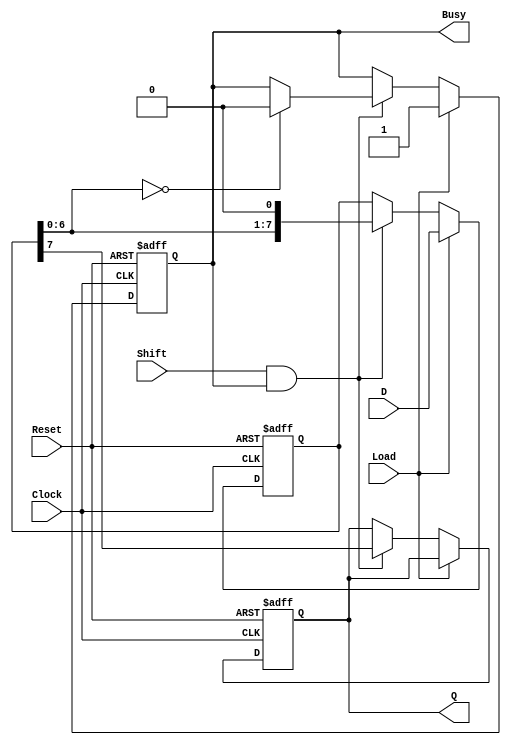
module PISO_Register (
    input wire [7:0] D,         // 8-bit parallel input data
    input wire Load,            // Control signal to load data
    input wire Shift,           // Control signal to shift data out
    input wire Clock,           // Clock signal
    input wire Reset,           // Asynchronous reset signal
    output reg Q,               // Serial output
    output reg Busy             // Indicates if the register is busy shifting
);

    reg [7:0] shift_reg;        // 8-bit shift register

    always @(posedge Clock or posedge Reset) begin
        if (Reset) begin
            shift_reg <= 8'b0;   // Reset shift register to 0
            Q <= 1'b0;           // Clear serial output
            Busy <= 1'b0;        // Not busy
        end else begin
            if (Load) begin
                shift_reg <= D;   // Load data into shift register
                Busy <= 1'b1;     // Set Busy flag
            end else if (Shift && Busy) begin
                Q <= shift_reg[7]; // Output the MSB of the shift register
                shift_reg <= {shift_reg[6:0], 1'b0}; // Shift left
                if (shift_reg[6:0] == 7'b0) begin
                    Busy <= 1'b0; // Clear Busy flag when done shifting
                end
            end
        end
    end

endmodule